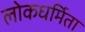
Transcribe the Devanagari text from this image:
लोकधर्मिता